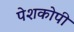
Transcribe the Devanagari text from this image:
पेशकोपी